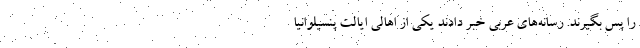
را پس بگیرند. رسانه‌های عربی خبر دادند یکی از اهالی ایالت پنسیلوانیا